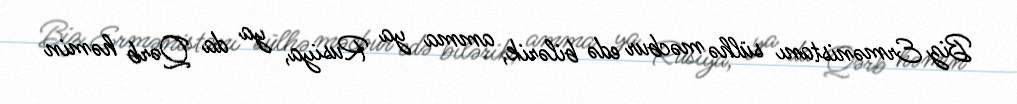
Biz Ermənistanı sülhə məcbur edə bilərik, amma ya Rusiya, ya da Qərb həmin